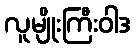
လူမျိုးကြီးဝါဒ